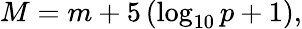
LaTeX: M=m+5\left(\log_{10}p+1\right),